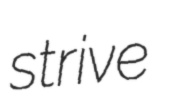
strive